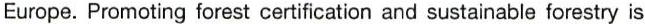
Europe. Promoting forest certification and sustainable forestry is